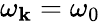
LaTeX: \omega_{\mathbf{k}}=\omega_{0}